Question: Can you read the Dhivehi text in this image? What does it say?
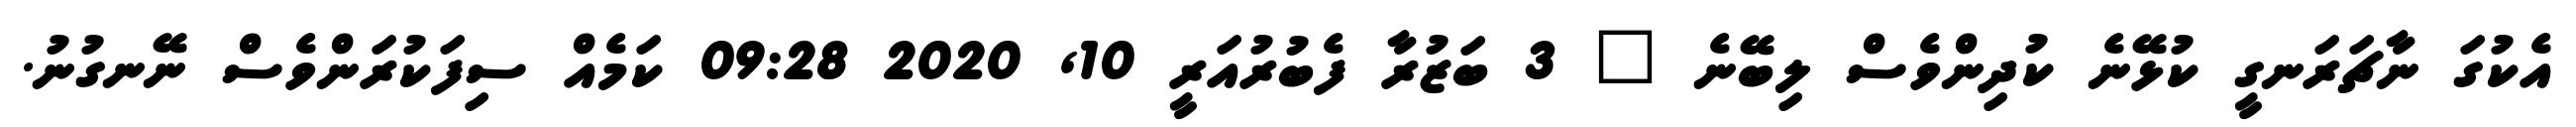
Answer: އެކުގަ ނާޗަރަނގީ ކުޅޭނެ ކުދިންވެސް ލިބޭނެ ? 3 ބަޒުރާ ފެބުރުއަރީ 10, 2020 09:28 ކަމެއް ސިފަކުރަންވެސް ނޭނގުނު.